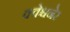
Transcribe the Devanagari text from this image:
क्वेश्चनेर